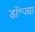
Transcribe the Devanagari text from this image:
डॉ॰ज्या